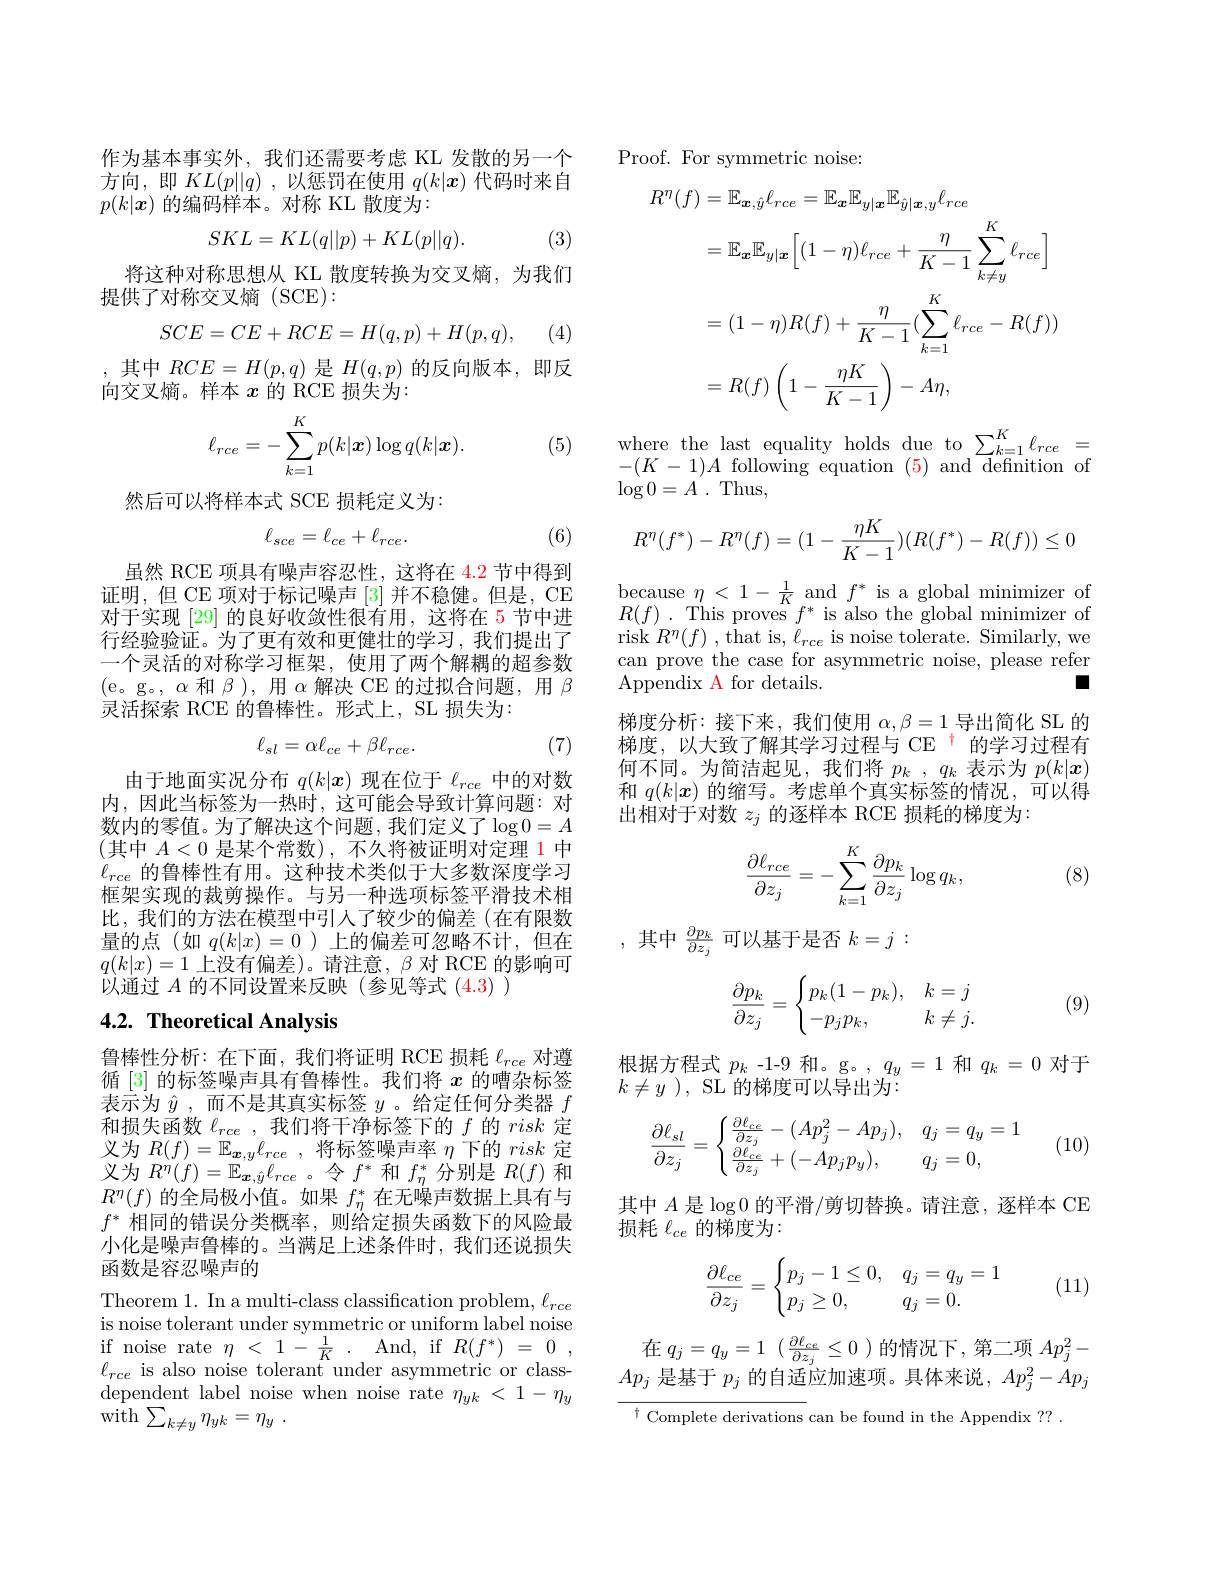
作为基本事实外，我们还需要考虑 KL 发散的另一个方向，即$KL(p||q)$ ,以惩罚在使用$q(k|x)$代码时来自$p(k|\boldsymbol{x})$的编码样本。对称 KL 散度为：
$$SKL=KL(q||p)+KL(p||q).$$
(3)

将这种对称思想从 KL 散度转换为交叉熵，为我们
提供了对称交叉熵(SCE):

(4)
$$SCE=CE+RCE=H(q,p)+H(p,q),$$
,其中$RCE=H(p,q)$ 是 $H(q,p)$ 的反向版本，即反
向交叉熵。样本$x$的 RCE 损失为：
$$\ell_{rce}=-\sum\limits_{k=1}^Kp(k|\boldsymbol{x})\log q(k|\boldsymbol{x}).$$
(5)

然后可以将样本式 SCE 损耗定义为：

(6)
$$\ell_{sce}=\ell_{ce}+\ell_{rce}.$$
虽然 RCE 项具有噪声容忍性，这将在 4.2 节中得到证明，但 CE 项对于标记噪声[3]并不稳健。但是，CE 对于实现 [29] 的良好收敛性很有用，这将在 5 节中进行经验验证。为了更有效和更健壮的学习，我们提出了一个灵活的对称学习框架，使用了两个解耦的超参数(e。g。$,\alpha$ 和$\beta)$,用$\alpha$解决 CE 的过拟合问题，用 $\beta$ 灵活探索 RCE 的鲁棒性。形式上，SL 损失为：

(7)
$$\ell_{sl}=\alpha\ell_{ce}+\beta\ell_{rce}.$$
由于地面实况分布$q(k|\boldsymbol{x})$现在位于$\ell_rce$中的对数内，因此当标签为一热时，这可能会导致计算问题：对数内的零值。为了解决这个问题，我们定义了$\log0=A$ (其中 $A<0$ 是某个常数),不久将被证明对定理 1 中$\ell_{rce}$的鲁棒性有用。这种技术类似于大多数深度学习框架实现的裁剪操作。与另一种选项标签平滑技术相比，我们的方法在模型中引人了较少的偏差(在有限数量的点(如$q(k|x)=0$ )上的偏差可忽略不计，但在$q(k|x)=1$上没有偏差)。请注意，$\beta$ 对 RCE 的影响可以通过$A$的不同设置来反映(参见等式(4.3) )

## 4.2. Theoretical Analysis

鲁棒性分析：在下面，我们将证明 RCE 损耗$\ell_{rce}$对遵循 [3] 的标签噪声具有鲁棒性。我们将$x$的嘈杂标签表示为$\hat{y}$,而不是其真实标签$y$ 。给定任何分类器$f$ 和损失函数$\ell_rce$,我们将干净标签下的$f$的risk定义为$R( f) = \mathbb{E} _{\boldsymbol{x}, y}\ell _{rce}$ ,将标签噪声率$\eta$下的risk定义为$R^{\eta}(f)=\mathbb{E}_{\boldsymbol{x},\hat{y}}\ell_{rce}$。令$f^{*}$和$f_\eta^{*}$分别是$R(f)$和$R^{\eta}(f)$的全局极小值。如果$f_\eta^*$在无噪声数据上具有与$f^*$相同的错误分类概率，则给定损失函数下的风险最小化是噪声鲁棒的。当满足上述条件时，我们还说损失函数是容忍噪声的
Theorem 1. In a multi-class classification problem, $\ell_{rce}$ is noise tolerant under symmetric or uniform label noise if noise rate $\eta<1-\frac1K.$ And, if $R(f^*)=0$, $\ell_{rce}$ is also noise tolerant under asymmetric or classdependent label noise when noise rate $\eta_yk~<~1-\eta_y$ ${\bar{\mathrm{with}} }\sum _{k\neq y}\eta _{yk}= \eta _{y}$ .

Proof. For symmetric noise:
$$\begin{aligned}R^{\eta}(f)&=\mathbb{E}_{\boldsymbol{x},\hat{y}}\ell_{rce}=\mathbb{E}_{\boldsymbol{x}}\mathbb{E}_{y|\boldsymbol{x}}\mathbb{E}_{\hat{y}|\boldsymbol{x},y}\ell_{rce}\\&=\mathbb{E}_{\boldsymbol{x}}\mathbb{E}_{y|\boldsymbol{x}}\bigg[(1-\eta)\ell_{rce}+\frac{\eta}{K-1}\sum_{k\neq y}^{K}\ell_{rce}\bigg]\\&=(1-\eta)R(f)+\frac{\eta}{K-1}(\sum_{k=1}^{K}\ell_{rce}-R(f))\\&=R(f)\left(1-\frac{\eta K}{K-1}\right)-A\eta,\end{aligned}$$
$\begin{array}{ll}\text{where the last equality holds}&\text{due}&\text{to}\sum_{k=1}^{K}\ell_{rce}&=\\-(K-1)A&\text{following equation}&(5)&\text{and}&\text{definition}&\text{o}\\\log0=A.&\text{Thus,}\end{array}$
$$R^n(f^*)-R^n(f)=(1-\frac{\eta K}{K-1})(R(f^*)-R(f))\leq0$$
$\begin{array}{l}{\mathrm{because~}\eta<1-\frac{1}{K}\mathrm{~and~}f^{*}\mathrm{~is~a~global~minimizer~of}}\\{R(f).\mathrm{~This~proves~}f^{*}\mathrm{~is~also~the~global~minimizer~of}}\end{array}$ risk $R^\eta(f)$ , that is, $\ell_rce$ is noise tolerate. Similarly, we can prove the case for asymmetric noise, please refer Appendix A for details.
口
梯度分析：接下来，我们使用$\alpha,\beta=1$导出简化 SL 的梯度，以大致了解其学习过程与 CE $^{\mathrm{t}}$的学习过程有何不同。为简洁起见，我们将$p_k$ , $q_k$表示为$p(k|\boldsymbol{x})$ 和$q(k|\boldsymbol x)$的缩写。考虑单个真实标签的情况，可以得出相对于对数$z_j$的逐样本 RCE 损耗的梯度为：
$$\begin{aligned}\frac{\partial\ell_{rce}}{\partial z_j}=-\sum_{k=1}^K\frac{\partial p_k}{\partial z_j}\log q_k,\end{aligned}$$
(8)

,其中$\frac{\partial p_k}{\partial z_j}$可以基于是否$k=j:$
$$\dfrac{\partial p_k}{\partial z_j}=\begin{cases}p_k(1-p_k),&k=j\\-p_jp_k,&k\neq j.\end{cases}$$
(9)

根据方程式$p_k$ -1-9 和。g。, $q_y=1$和$q_k=0$对于
$k\neq y$ ), SL 的梯度可以导出为：
$$\dfrac{\partial\ell_{sl}}{\partial z_j}=\begin{cases}\frac{\partial\ell_{ce}}{\partial z_j}-(Ap_j^2-Ap_j),&q_j=q_y=1\\\frac{\partial\ell_{ce}}{\partial z_j}+(-Ap_jp_y),&q_j=0,\end{cases}$$
(10)

其中$A$是$\log0$的平滑/剪切替换。请注意，逐样本 CE
损耗$\ell_{ce}$的梯度为：

(11)
$$\dfrac{\partial\ell_{ce}}{\partial z_j}=\begin{cases}p_j-1\leq0,&q_j=q_y=1\\p_j\geq0,&q_j=0.\end{cases}$$
在$q_j= q_y= 1$ $( \frac {\partial \ell _{ce}}{\partial z_j}\leq 0$ )的情况下，第二项$Ap_j^2-$ $Ap_j$是基于$p_j$的自适应加速项。具体来说，$Ap_j^2-Ap_j$

$^{\dagger}$ Complete derivations can be found in the Appendix ?? .